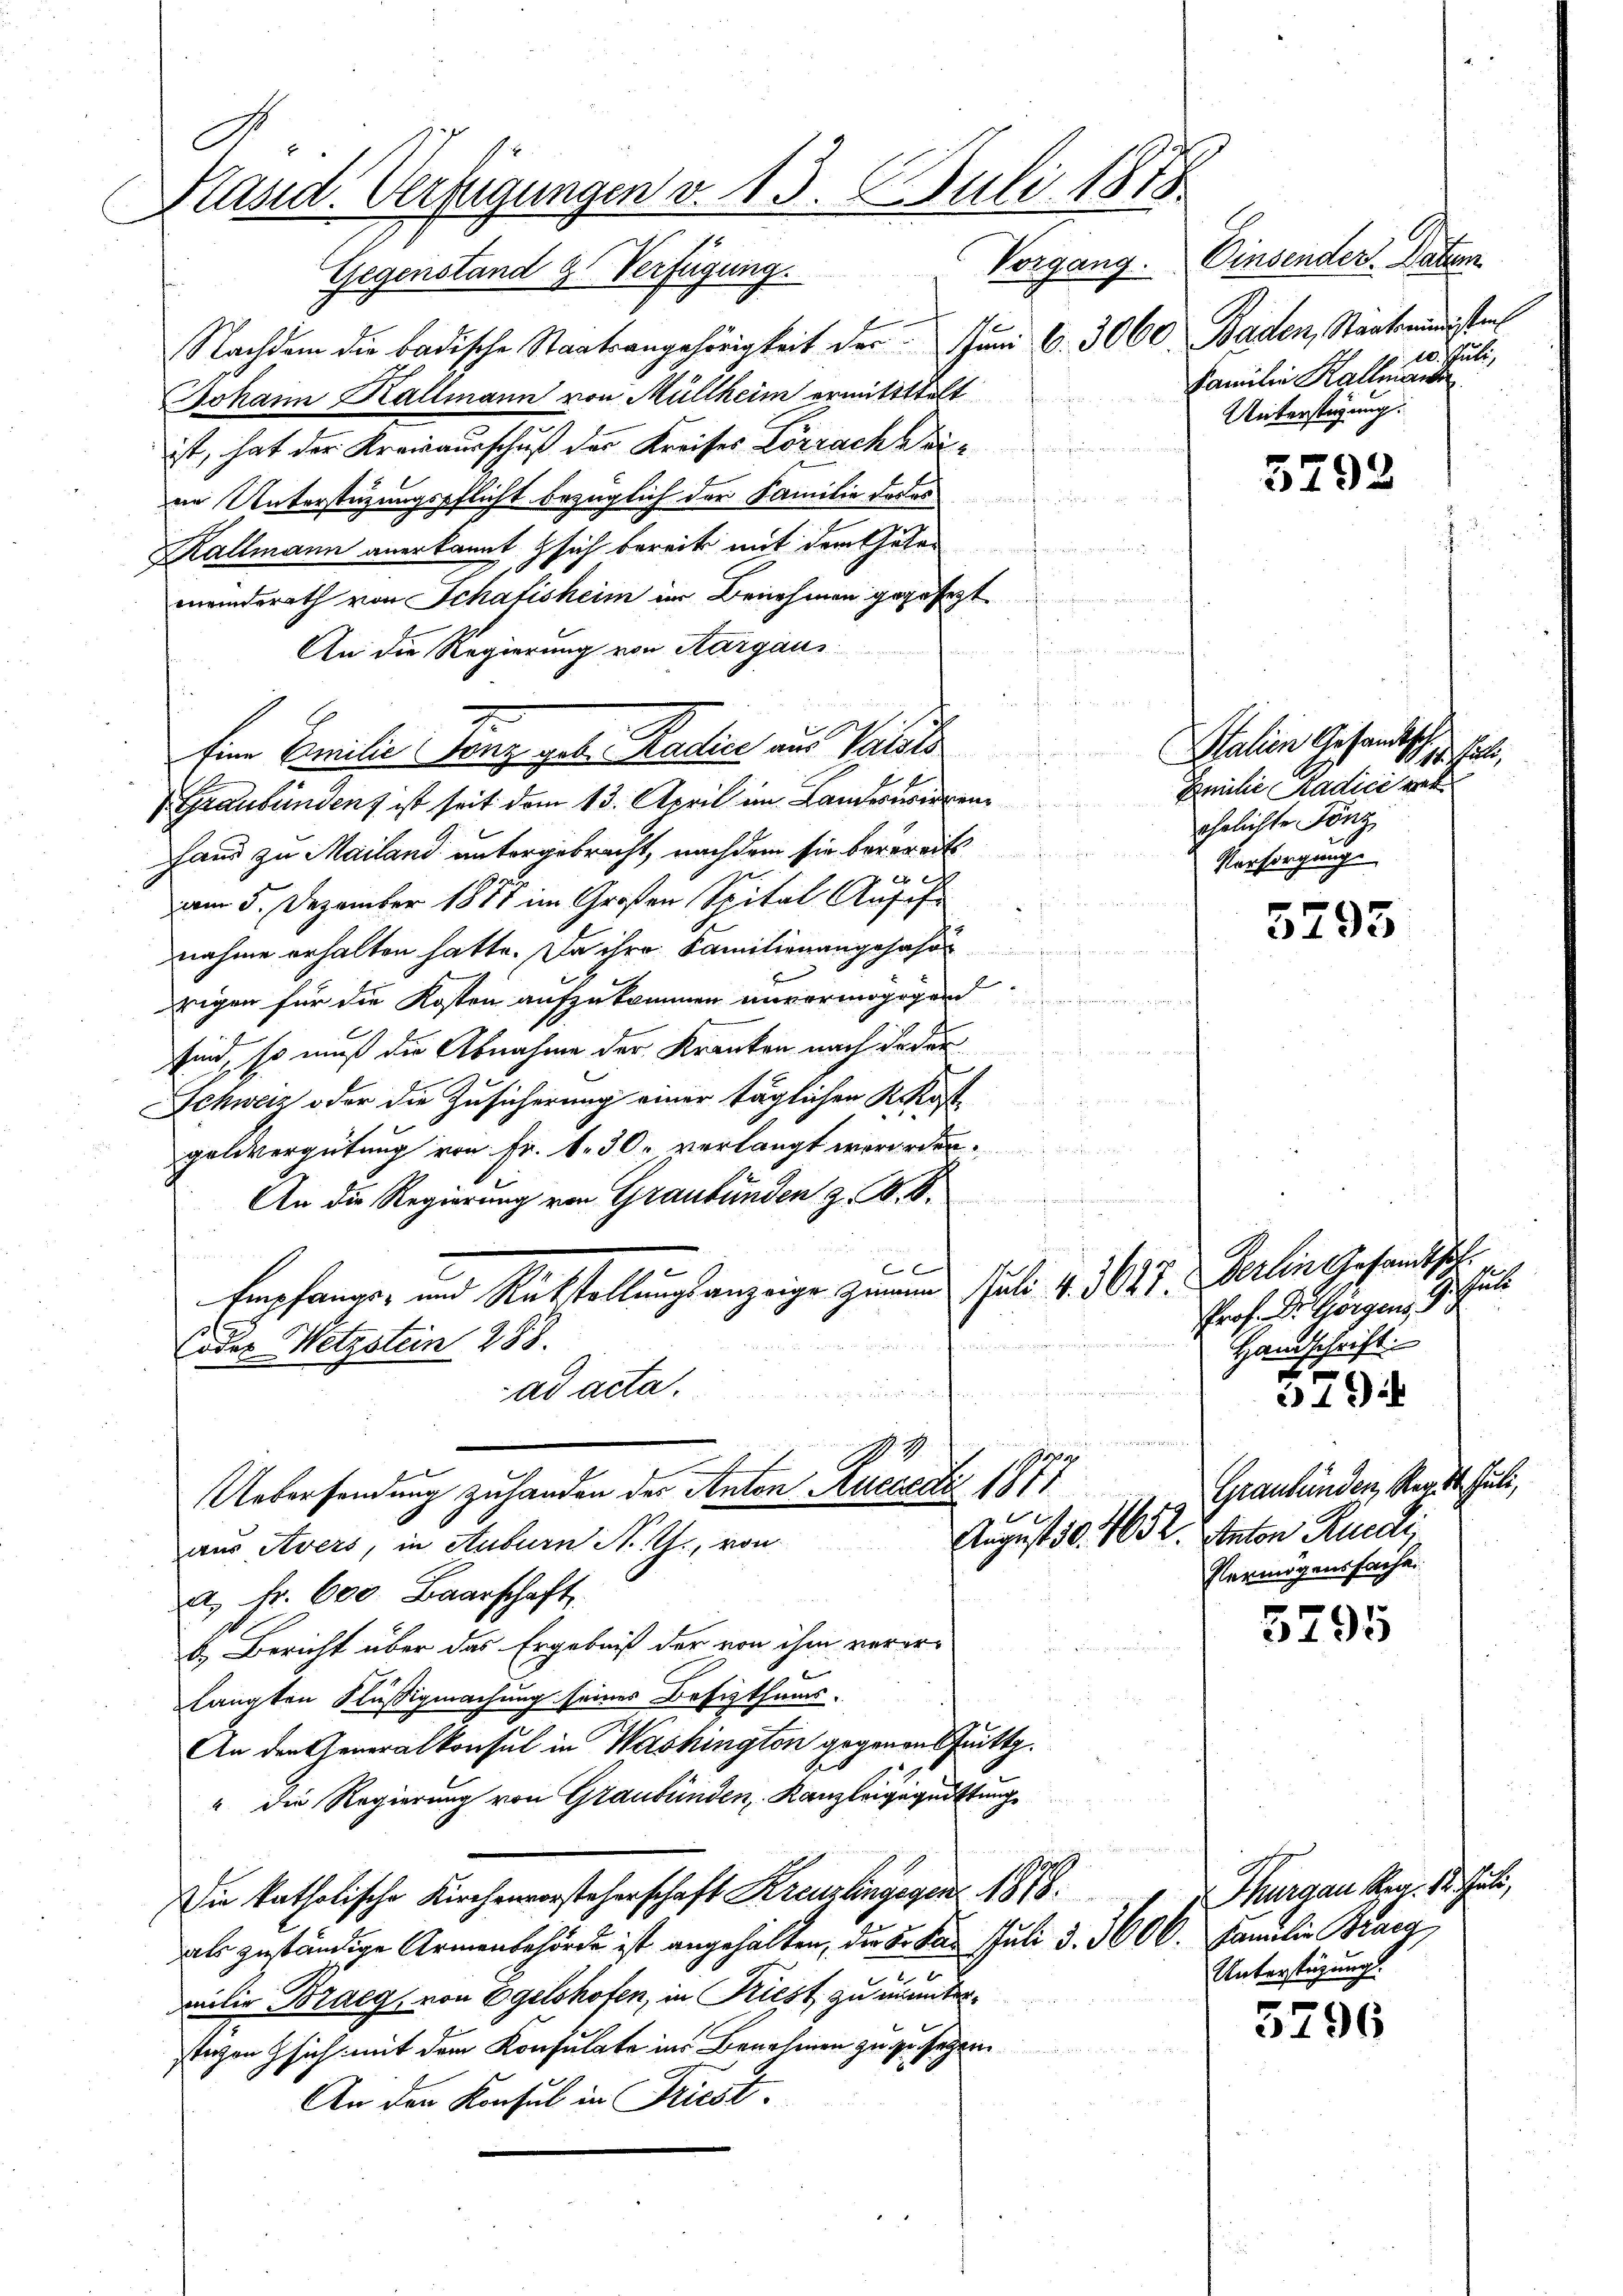
C
Präsid. Verfügungen v. 13. Juli 1875.
Vorgang.
Gegenstand 2. Verfügung.

a. Fr. 600 Baarschaft.
b. Bericht über das Ergebniß der von ihm verorlangten Küssigmachung seines Besizthums-
An den Generalkonsul in Washington gegenen tritt.
" die Regierung von Graubünden, Kanzleigeguittung
Die katholische Kirchenvorsteherschaft Kreuzlingegen. 1878.
als zuständige Armenbehörde ist angehalten, der 5. das Juli d. 3000. Familien Braeg
milie Braeg, von Egelshofen, in Priest zu ununterstehen sich mit dem Konsulate ins Benehmen zu zu sehen.
An den Konsul in Triest.

9.
I
Uebersendung zuhanden des Anton Auccedi 1811
aus Avers, in Auburn N. Z., von

Nachdem die badische Staatsangehörigkeit der Juni l. 3060. Baden, Staatsministen
Johann Hallmann von Müllheim ermittttelt
ist, hat der Kreisausschuß der Kreises Lörrach Verin Unterstüzungspflicht bezüglich der Familie das es
Kallmann anerkannt sich bereits mit dem Guten
meindsrath von Schafisheim im Benehmen gegesezt
An die Regierung von Aargau,
u
Eine Emilie Tanz geb. Radice aus Velika
Graubünden ist seit dem 13. April im Landernieren
Hand zu Mailand untergebracht, nachdem sie berereits

am 5. Dezember 1887 im Großen Spital Anseh
nahme erhalten hatte. Da ihre Familienangefahre
drigen für die Kosten aufzukommen unvermögigen
 Fernen
sind, so muß die Abnahme der Kranken nach de der
Schweiz oder die Zusicherung einer täglichen Kostgolivergütung von Fr. 1. 30. verlangt werorden.
An die Regierung von Graubünden z. B. S.
f x
Empfangs- und Rückstellungsanzeige zumann Juli v. 3027. erlein Gesandtsch¬
Codes Wetzstein 288.
h
ad acta.

Einsenden Datum
Sute
Familie Kallmann
Unterstüzung.

3792

Italien Gesandts
lothur
Familie Radici vert
ehelichte Fenz
Vorsorgung

5793

Prof. Dr Horgen, 9. Juli
Handschrift.

5794

Graubünden, Reg. 14. Juli,
August 10. 162. Anton Riedi
Vermögenssache.

5795

Thurgau Rer. 15. Juli,
Unterstüzung.

3796